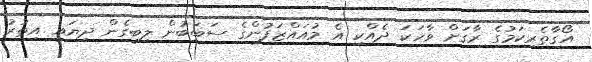
އޯގާތެރިކަމުގެ ރާގަށް ވާހަކަ ދެއްކި އެ މުއައްޒަފުންގެ ސަބަބުން ލިބިގެން ދިޔައީ އިތުރު